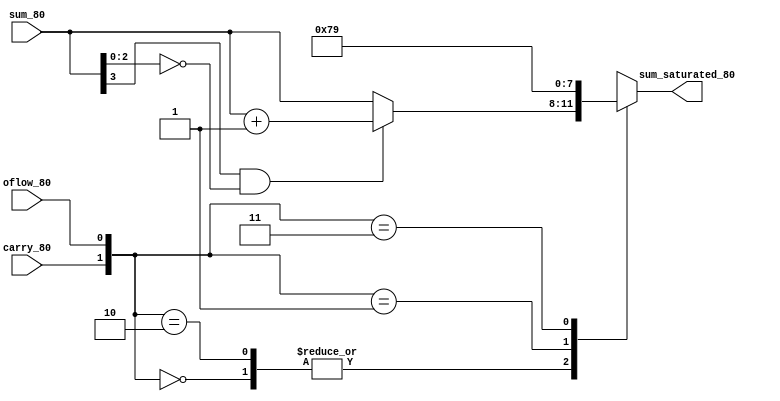
//*****************************************************************//
// Saturation Logic for the Adders
// Created By - Vrishbhan Singh Sisodia
//	San Jose State University
//	EE 278
//*****************************************************************//
`timescale 1ns/100ps
module saturation_logic ( sum_saturated_80, sum_80, carry_80, oflow_80 );
parameter       WIDTH_SUM = 4;
output  [ WIDTH_SUM - 1:0 ] sum_saturated_80;
input   [ WIDTH_SUM - 1:0 ] sum_80;
input   carry_80, oflow_80;

reg     [ WIDTH_SUM - 1:0 ] sum_saturated_80;
wire    [ WIDTH_SUM - 1:0 ] sum_80;
wire    carry_80, oflow_80;
        // **** Saturation logic ****
        // if there is no overflow, no saturation is necessary
        //              * check and correct for illegal number (1000)
        // if there is overflow, check for the carry out
        // * carry out = 0 => MSB of the sum = 1
        //   ( 2 +ve numbers were added & sum has become a -ve number )
        //   saturate sum to the highest positive number = 0111 (+7)
        // * carry out = 1 => MSB of the sum = 0
        //   ( 2 -ve numbers were added & sum has become a +ve number )
        //   saturate sum to the lowest negative number = 1001 (-7)
        always @ ( carry_80 or oflow_80 or sum_80 )
        begin
                case ( {carry_80,oflow_80} )
                2'b00 : begin
                                if ((sum_80[WIDTH_SUM-1]==1'b1) && (sum_80[WIDTH_SUM-2:0]==0))
                                        sum_saturated_80 = sum_80 + 1;
                                else
                                        sum_saturated_80 = sum_80;
                                end

                2'b10 : begin
                                if ((sum_80[WIDTH_SUM-1]==1'b1) && (sum_80[WIDTH_SUM-2:0]==0))
                                        sum_saturated_80 = sum_80 + 1;
                                else
                                        sum_saturated_80 = sum_80;
                                end

                2'b01 : sum_saturated_80 = { 1'b0, { (WIDTH_SUM-1) {1'b1} } };

                2'b11 : sum_saturated_80 = { 1'b1, { (WIDTH_SUM-2) {1'b0} }, 1'b1 };
                endcase
        end
endmodule